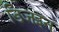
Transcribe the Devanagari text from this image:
डिजइन